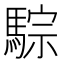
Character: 騌